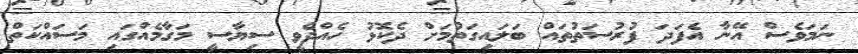
ނަމަވެސް އޭނާ އެފަދަ ފުރުސަތުތައް ބަލައިގަތުމަށް ދެކޮޅު ހެއްދެވީ ސިޔާސީ މަގާމެއްގައި މަސައްކަތް